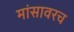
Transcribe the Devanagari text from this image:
मांसावरच